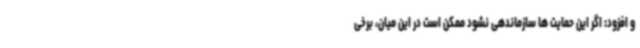
و افزود: اگر این حمایت ها سازماندهی نشود ممکن است در این میان، برخی